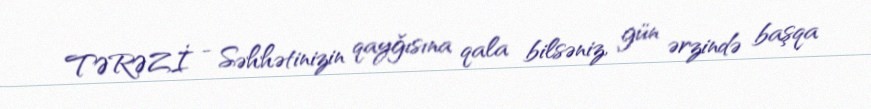
TƏRƏZİ - Səhhətinizin qayğısına qala bilsəniz, gün ərzində başqa